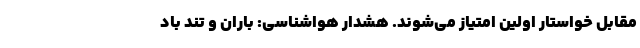
مقابل خواستار اولین امتیاز می‌شوند. هشدار هواشناسی: باران و تند باد